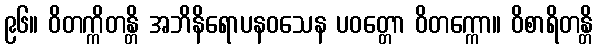
၉၆။ ဝိတက္ကိတန္တိ အဘိနိရောပနဝသေန ပဝတ္တော ဝိတက္ကော။ ဝိစာရိတန္တိ